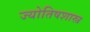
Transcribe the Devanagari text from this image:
ज्याेतिषशास्त्र